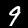
Label: 9